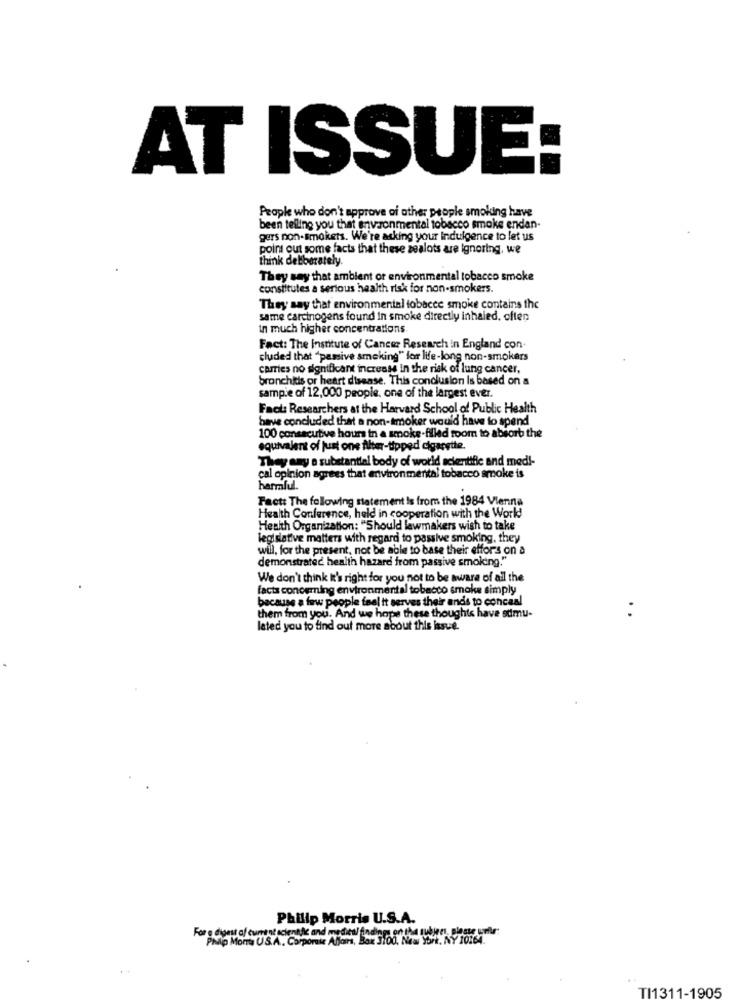
AT ISSUE:
People who don't approve ai other people smoking have
been telling you that environmental tobacco smoke endan-
gers non-smokers. We're asking your Indulgence to let us
point out some facts that these zealots are ignoring, we
think deliberately.
They say that ambient or environmental tobacco smoke
constitutes a serious health risk for non-smokers.
They say that environmental tobacce smoke contains the
same carcinogens found In smoke directly inhaled, often
In much higher concentrations
Fact: The Institute of Cancer Research in England con
cluded that "passive smoking" for life-long non-smokers
carries no significant increase In the risk of lung cancer,
bronchitis or heart disease. This conclusion Is based on a
sampie of 12,000 people, one of the largest ever.
Fact: Researchers at the Harvard School of Public Health
have concluded that a non-smoker would have to spend
100 consecutive hours in a smoke-filled room to absorb the
equivalent of just ons Alter-tipped cigarette.
They say a substantial body of world scientific and med !-
cal opinion agrees that environmental tobacco smoke is
harmful.
Fact: The following statement is from the 1984 Vienna
Health Conference, held in cooperation with the World
Health Organization: "Should lawmakers wish to take
legislative matters with regard to passive smoking, they
will, for the present, not be able to base their efforts on a
demonstrated health hazard from passive smoking."
We don't think It's right for you not to be aware of all the
facts conceming environmental tobacco smoke simply
because a few people feel it serves their ands to conceal
them from you. And we hope these thoughts have sdmu-
lated you to find out more about this issue.
Philip Morris U.S.A.
For a digest af curt of scientific and medies/ findings on the subject, please unfle"
Philip Mort US.A. Corporate Alfons, Bax 3100, New York, NY 10164.
..
TI1311-1905